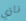
نازي